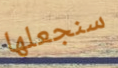
سنجعلها